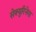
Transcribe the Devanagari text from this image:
सेक्युरिनेगा